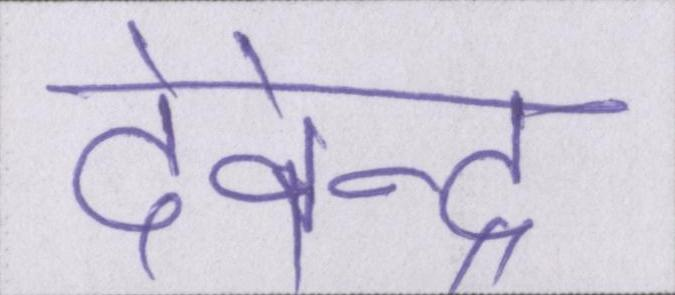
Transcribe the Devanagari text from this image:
देवेन्द्र